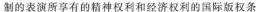
制的表演所享有的精神权利和经济权利的国际版权条